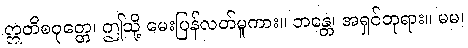
ဣတိစဝုတ္တေ၊ ဤသို့ မေးပြန်လတ်မူကား။ ဘန္တေ၊ အရှင်ဘုရား။ မမ၊